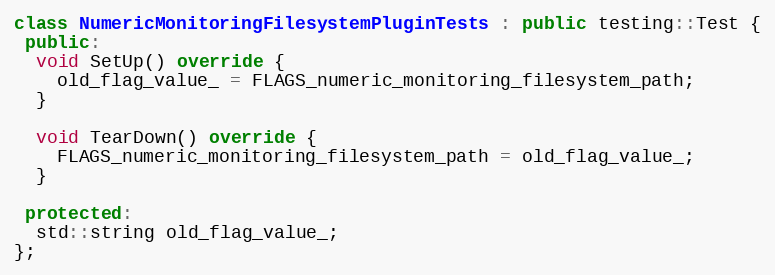
Language: C++
class NumericMonitoringFilesystemPluginTests : public testing::Test {
 public:
  void SetUp() override {
    old_flag_value_ = FLAGS_numeric_monitoring_filesystem_path;
  }

  void TearDown() override {
    FLAGS_numeric_monitoring_filesystem_path = old_flag_value_;
  }

 protected:
  std::string old_flag_value_;
};